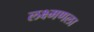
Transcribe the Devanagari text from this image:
लक्ष्मणला